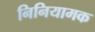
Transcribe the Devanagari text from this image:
निनियामक